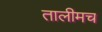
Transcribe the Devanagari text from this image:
तालीमच